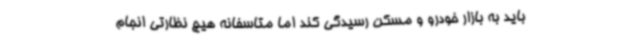
باید به بازار خودرو و مسکن رسیدگی کند اما متاسفانه هیچ نظارتی انجام